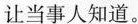
让当事人知道。